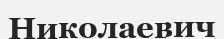
Николаевич